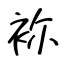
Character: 袮